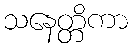
သနေတ္တိကာ